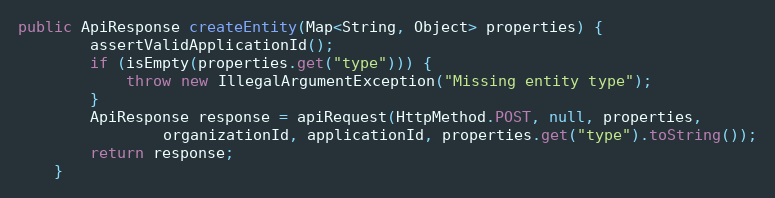
Language: Java
public ApiResponse createEntity(Map<String, Object> properties) {
        assertValidApplicationId();
        if (isEmpty(properties.get("type"))) {
            throw new IllegalArgumentException("Missing entity type");
        }
        ApiResponse response = apiRequest(HttpMethod.POST, null, properties,
                organizationId, applicationId, properties.get("type").toString());
        return response;
    }